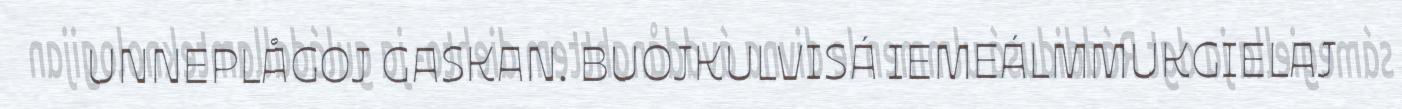
UNNEPLÅGOJ GASKAN. BUOJKULVISÁ IEMEÁLMMUKGIELAJ